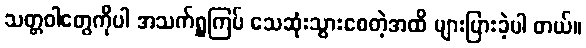
သတ္တဝါတွေကိုပါ အသက်ရှူကြပ် သေဆုံးသွားစေတဲ့အထိ များပြားခဲ့ပါ တယ်။